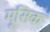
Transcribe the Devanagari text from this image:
मूसिक